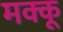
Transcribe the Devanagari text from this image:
मक्‍कू